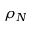
\rho _ { N }